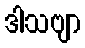
ဒါသဗျာ